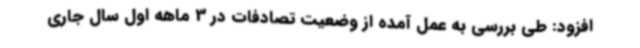
افزود: طی بررسی به عمل آمده از وضعیت تصادفات در 3 ماهه اول سال جاری